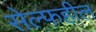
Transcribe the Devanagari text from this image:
सेल्फहील